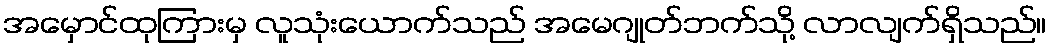
အမှောင်ထုကြားမှ လူသုံးယောက်သည် အမေဂျုတ်ဘက်သို့ လာလျက်ရှိသည်။